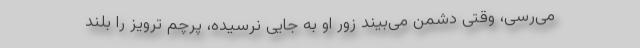
می‌رسی، وقتی دشمن می‌بیند زور او به جایی نرسیده، پرچم ترویز را بلند